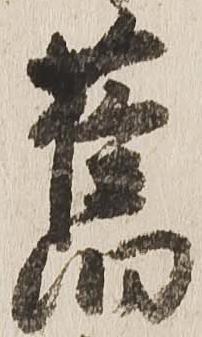
旧